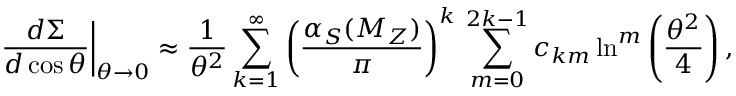
\left. \frac { d \Sigma } { d \cos \theta } \right| _ { \theta \rightarrow 0 } \approx \frac { 1 } { \theta ^ { 2 } } \sum _ { k = 1 } ^ { \infty } \left( \frac { \alpha _ { S } ( M _ { Z } ) } { \pi } \right) ^ { k } \, \sum _ { m = 0 } ^ { 2 k - 1 } c _ { k m } \ln ^ { m } \left( \frac { \theta ^ { 2 } } { 4 } \right) ,